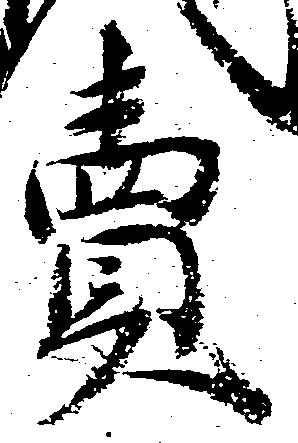
売